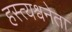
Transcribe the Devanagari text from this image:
हस्त्यश्वनेता